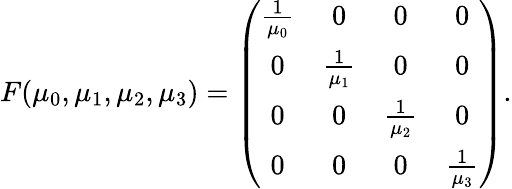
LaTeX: \begin{array}{r}{F(\mu_{0},\mu_{1},\mu_{2},\mu_{3})=\left(\begin{array}{cccc}{\frac 1{\mu_{0}}}&{0}&{0}&{0}\\ {0}&{\frac 1{\mu_{1}}}&{0}&{0}\\ {0}&{0}&{\frac 1{\mu_{2}}}&{0}\\ {0}&{0}&{0}&{\frac 1{\mu_{3}}}\end{array}\right).}\end{array}